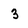
Character: 3